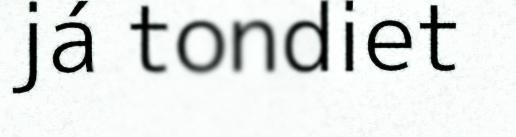
já tondiet